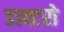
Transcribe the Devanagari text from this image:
डाक्टरो